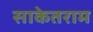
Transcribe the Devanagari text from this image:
साकेतराम